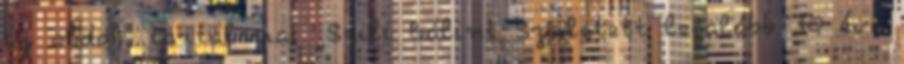
Új oldal, tartalma: „Szili Bálint Született legalább 30 éve